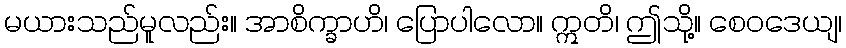
မယားသည်မူလည်း။ အာစိက္ခာဟိ၊ ပြောပါလော။ ဣတိ၊ ဤသို့။ စေဝဒေယျ၊